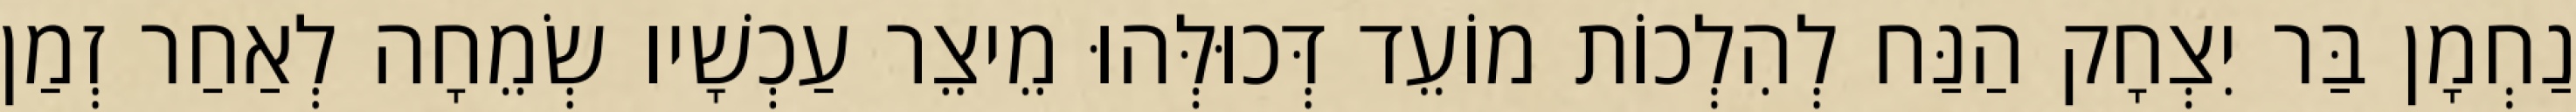
נַחְמָן בַּר יִצְחָק הַנַּח לְהִלְכוֹת מוֹעֵד דְּכוּלְּהוּ מֵיצֵר עַכְשָׁיו שְׂמֵחָה לְאַחַר זְמַן